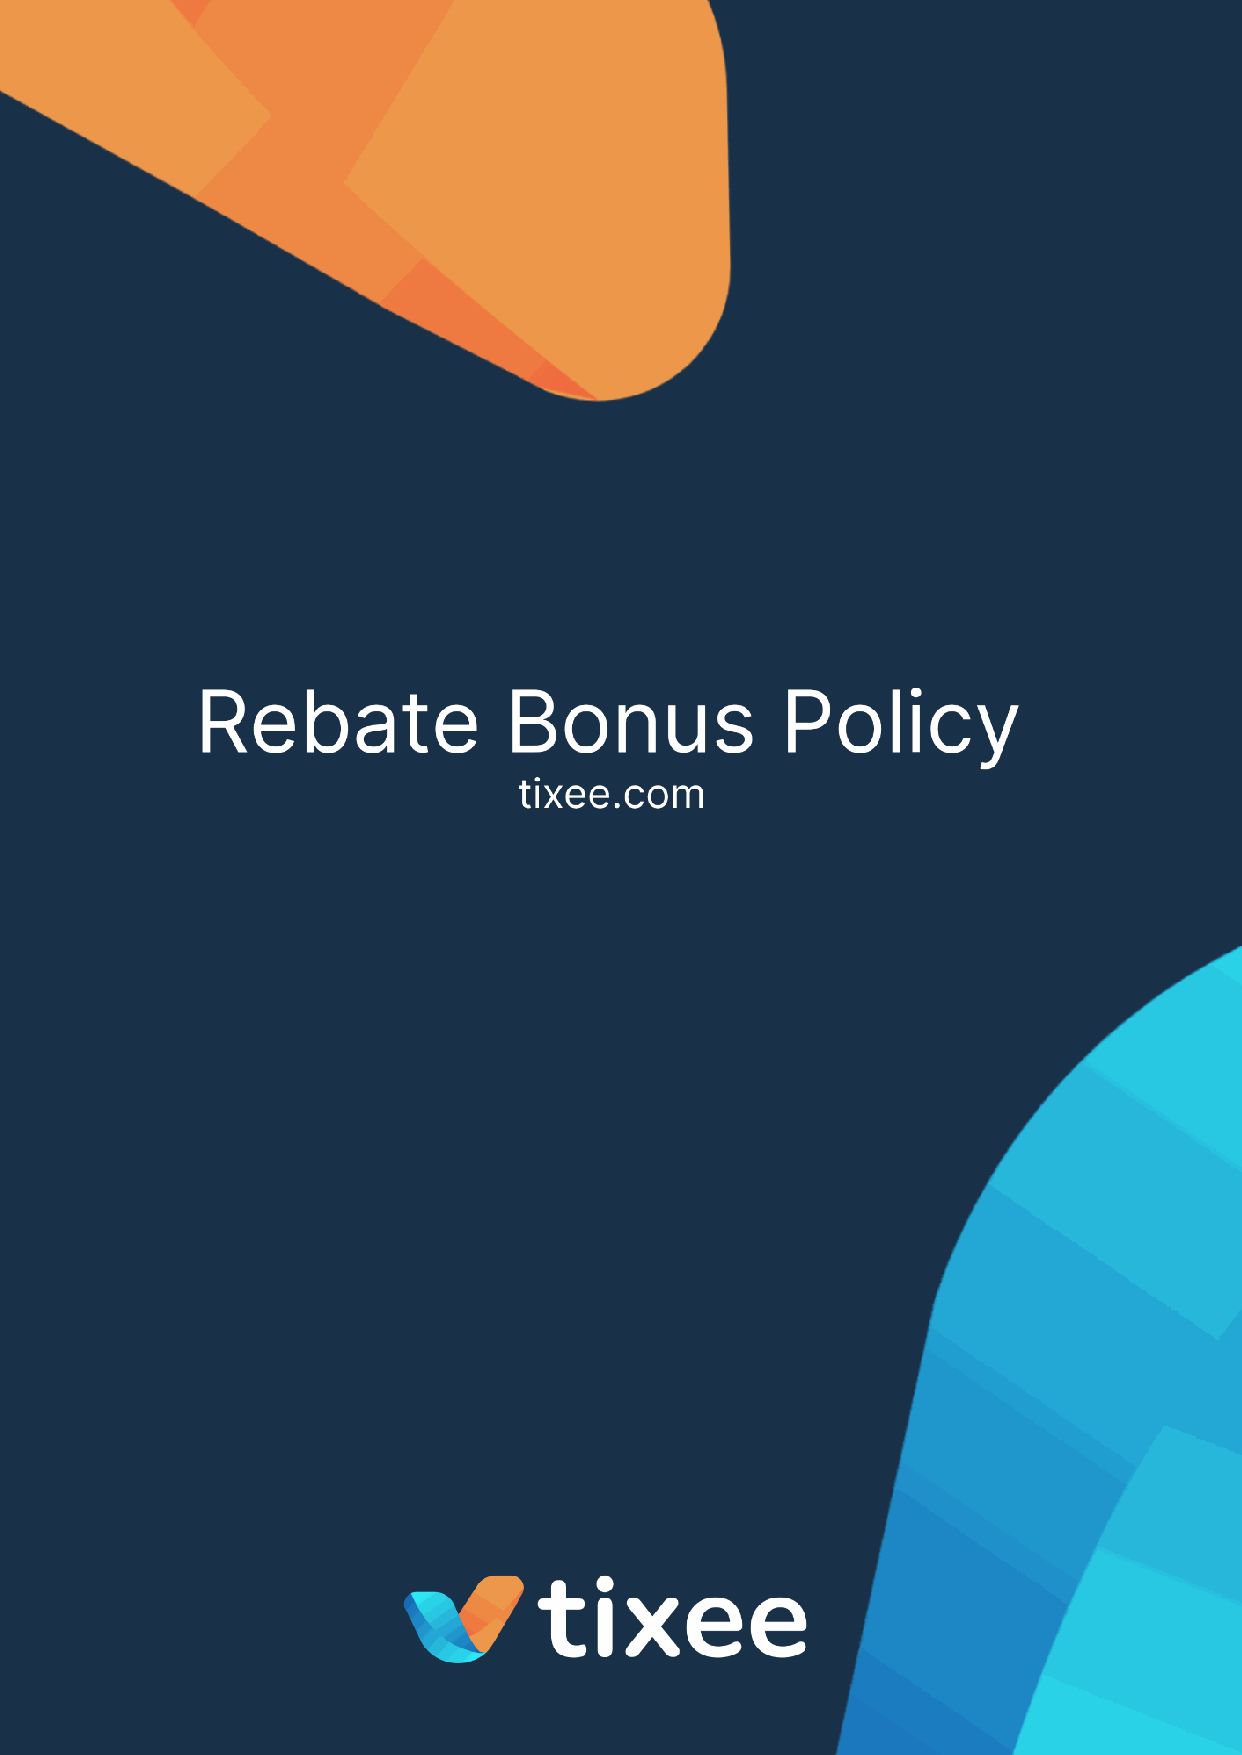
Tixee is the brand name of Pipbull LTD authorized and regulated by the Financial Services Authority in Seychelles (“FSA”) under
 the license numberSD061having its registered officeat CT House, Office 8A, Providence, Mahé, Seychelles.